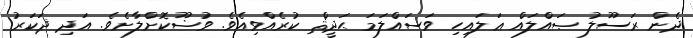
ދެން ރަސޫލު ޞައްލައް ޢަލައިހި ވަސައްލަމަ ޙަދީޘް ކުރެއްވިއެވެ. ވުޟޫކޮށްލާށެވެ. އަދި ޛަކަރު